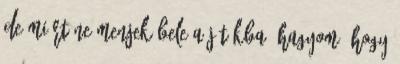
de miért ne menjek bele a játékba? Hagyom, hogy